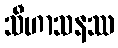
သီဟာသနဿ